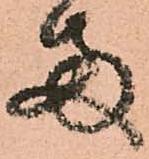
両